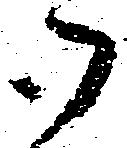
御